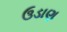
ઉડાણ